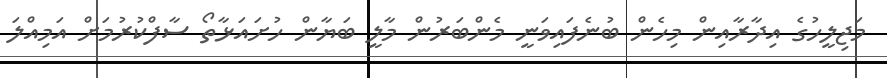
މަޖިލީހުގެ އިދާރާއިން މިހެން ބުނެފައިވަނީ މެންބަރުން މާލީ ބަޔާން ހުށައަޅާތޯ ސާފްކުރުމަށް އަމިއްލަ